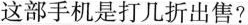
这部手机是打几折出售?